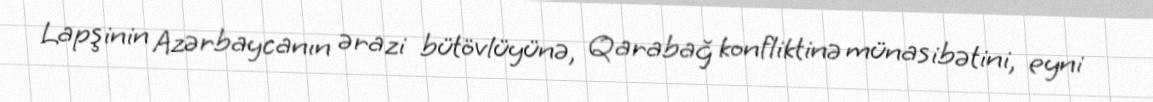
Lapşinin Azərbaycanın ərazi bütövlüyünə, Qarabağ konfliktinə münasibətini, eyni